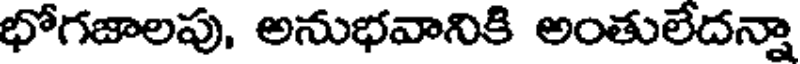
భోగజాలపు, అనుభవానికి అంతులేదన్నా